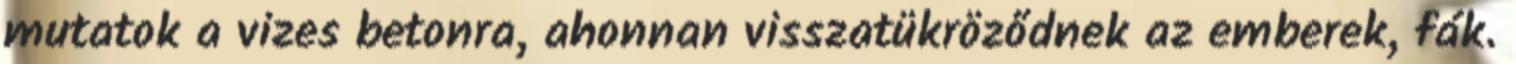
mutatok a vizes betonra, ahonnan visszatükröződnek az emberek, fák.